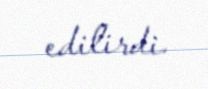
edilirdi.